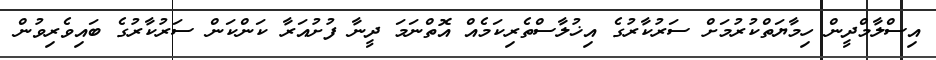
އިސްލާމްދީން ހިމާޔަތްކުރުމަށް ސަރުކާރުގެ އިޚުލާސްތެރިކަމެއް އޮތްނަމަ ދީނާ ފުށުއަރާ ކަންކަން ސަރުކާރުގެ ބައިވެރިވުން